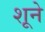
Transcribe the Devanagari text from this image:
शूने